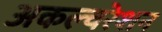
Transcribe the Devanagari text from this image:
अकल्चरेशन